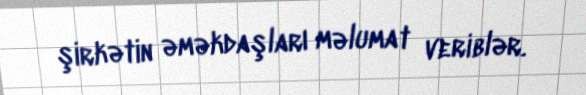
şirkətin əməkdaşları məlumat veriblər.